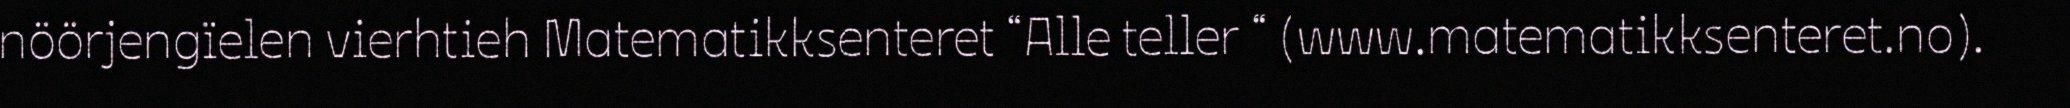
nöörjengïelen vierhtieh Matematikksenteret “Alle teller “ (www.matematikksenteret.no).